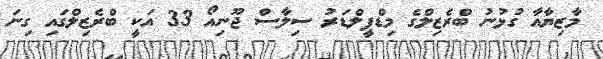
މާޒިޔާއާ ގުޅުނު ބްރެޒިލްގެ މިޑްފީލްޑަރު ސިލާސް ޖޫނިއޯ 33 އަކީ ބްރެޒިލްގައި ގިނަ